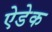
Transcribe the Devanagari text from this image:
ऐडेक